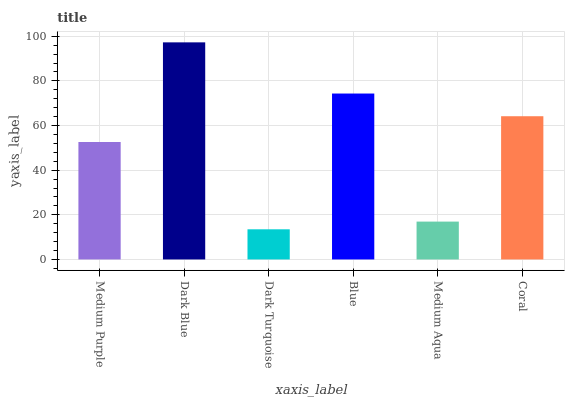
| xaxis_label | bars |
 | --- | --- |
 | Medium Purple | 52.6 |
 | Dark Blue | 97.3 |
 | Dark Turquoise | 13.5 |
 | Blue | 74.3 |
 | Medium Aqua | 17 |
 | Coral | 64.2 |